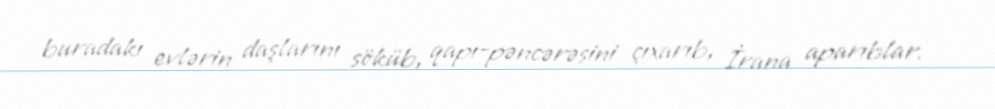
buradakı evlərin daşlarını söküb, qapı-pəncərəsini çıxarıb, İrana aparıblar.